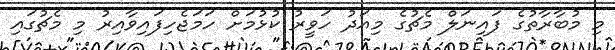
މި މުބާރާތުގެ ފައިނަލް މެޗުގެ މިއަދު ހަވީރު ކުޅުމަށް ހަމަޖެހިފައިވާއިރު މި މެޗުގައި